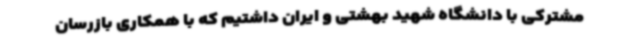
مشترکی با دانشگاه شهید بهشتی و ایران داشتیم که با همکاری بازرسان